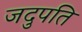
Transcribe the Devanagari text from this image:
जदुपति